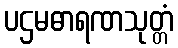
ပဌမဓာရဏသုတ္တံ